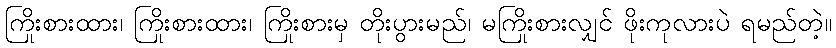
ကြိုးစားထား၊ ကြိုးစားထား၊ ကြိုးစားမှ တိုးပွားမည်၊ မကြိုးစားလျှင် ဖိုးကုလားပဲ ရမည်တဲ့။